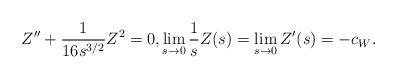
LaTeX: \begin{align*} Z''+\frac{1}{16 s^{3/2}}Z^2=0,\lim_{s\to 0} \frac{1}{s}Z(s)=\lim_{s\to 0} Z'(s)=-c_W.\end{align*}